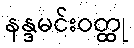
နန္ဒမင်းဝတ္ထု